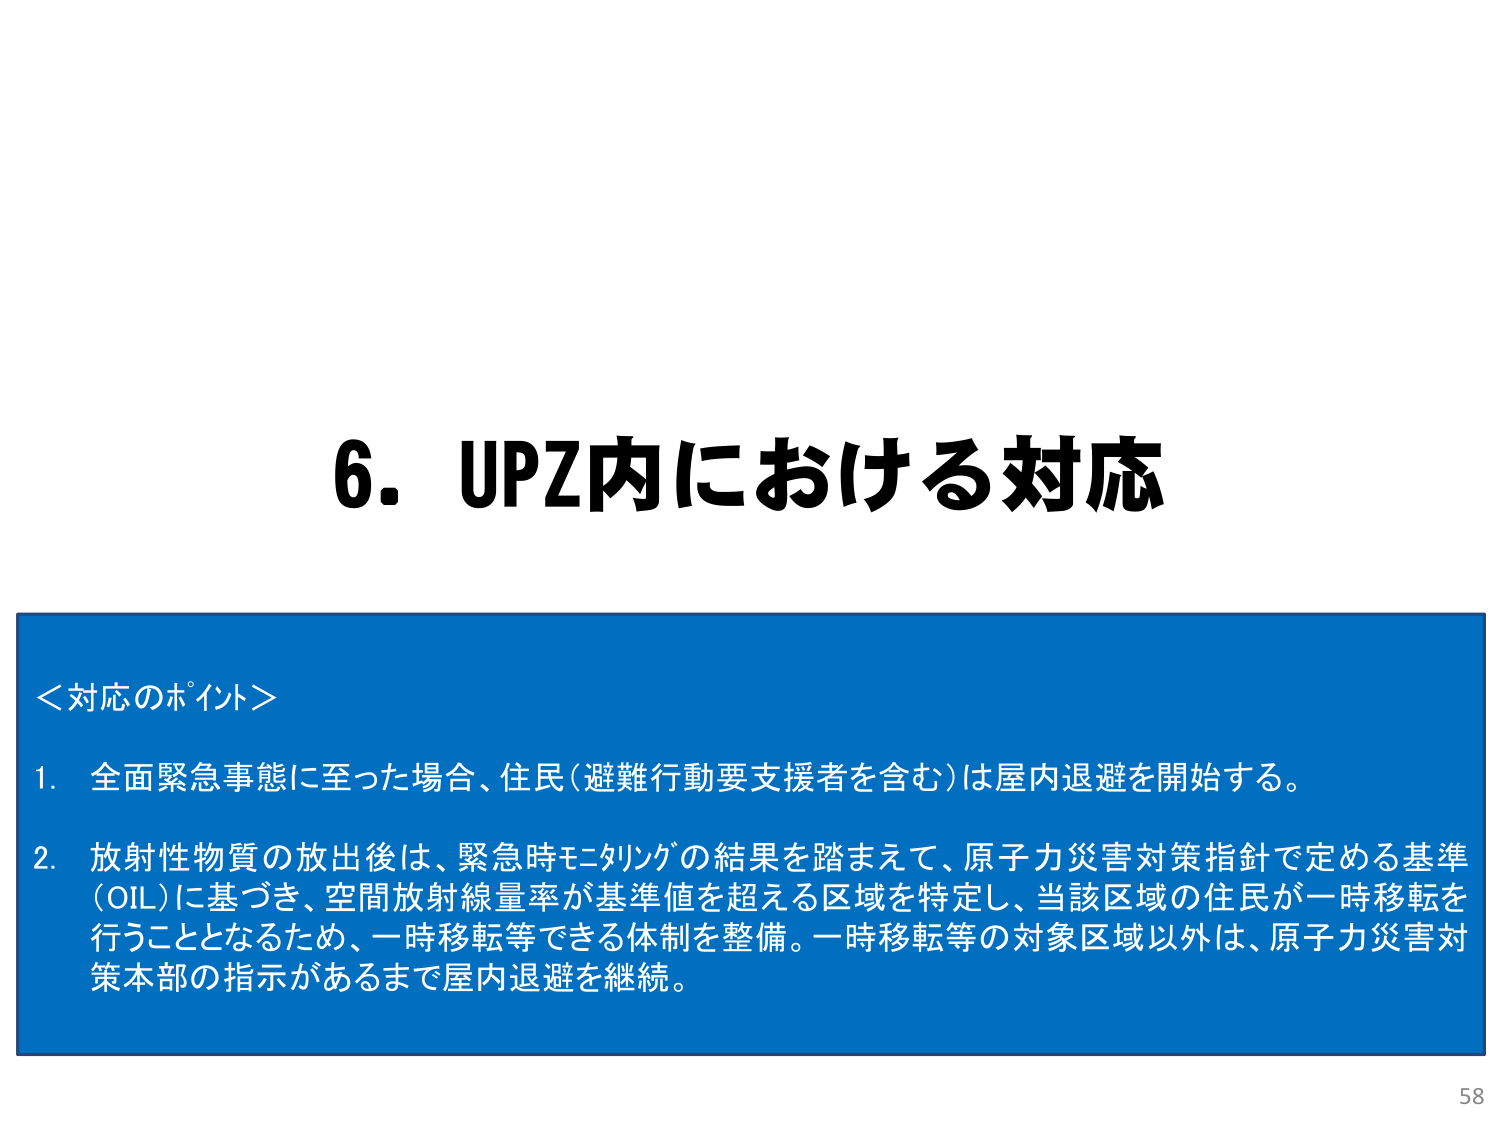
6. UPZ内における対応

＜対応のポイント＞
1. 全面緊急事態に至った場合、住民（避難行動要支援者を含む）は屋内退避を開始する。
2. 放射性物質の放出後は、緊急時モニタリングの結果を踏まえて、原子力災害対策指針で定める基準（OIL）に基づき、空間放射線量率が基準値を超える区域を特定し、当該区域の住民が一時移転を行うこととなるため、一時移転等できる体制を整備。一時移転等の対象区域以外は、原子力災害対策本部の指示があるまで屋内退避を継続。

58